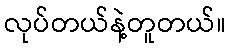
လုပ်တယ်နဲ့တူတယ်။